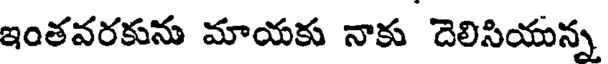
ఇంతవరకును మాయకు నాకు దెలిసియన్న